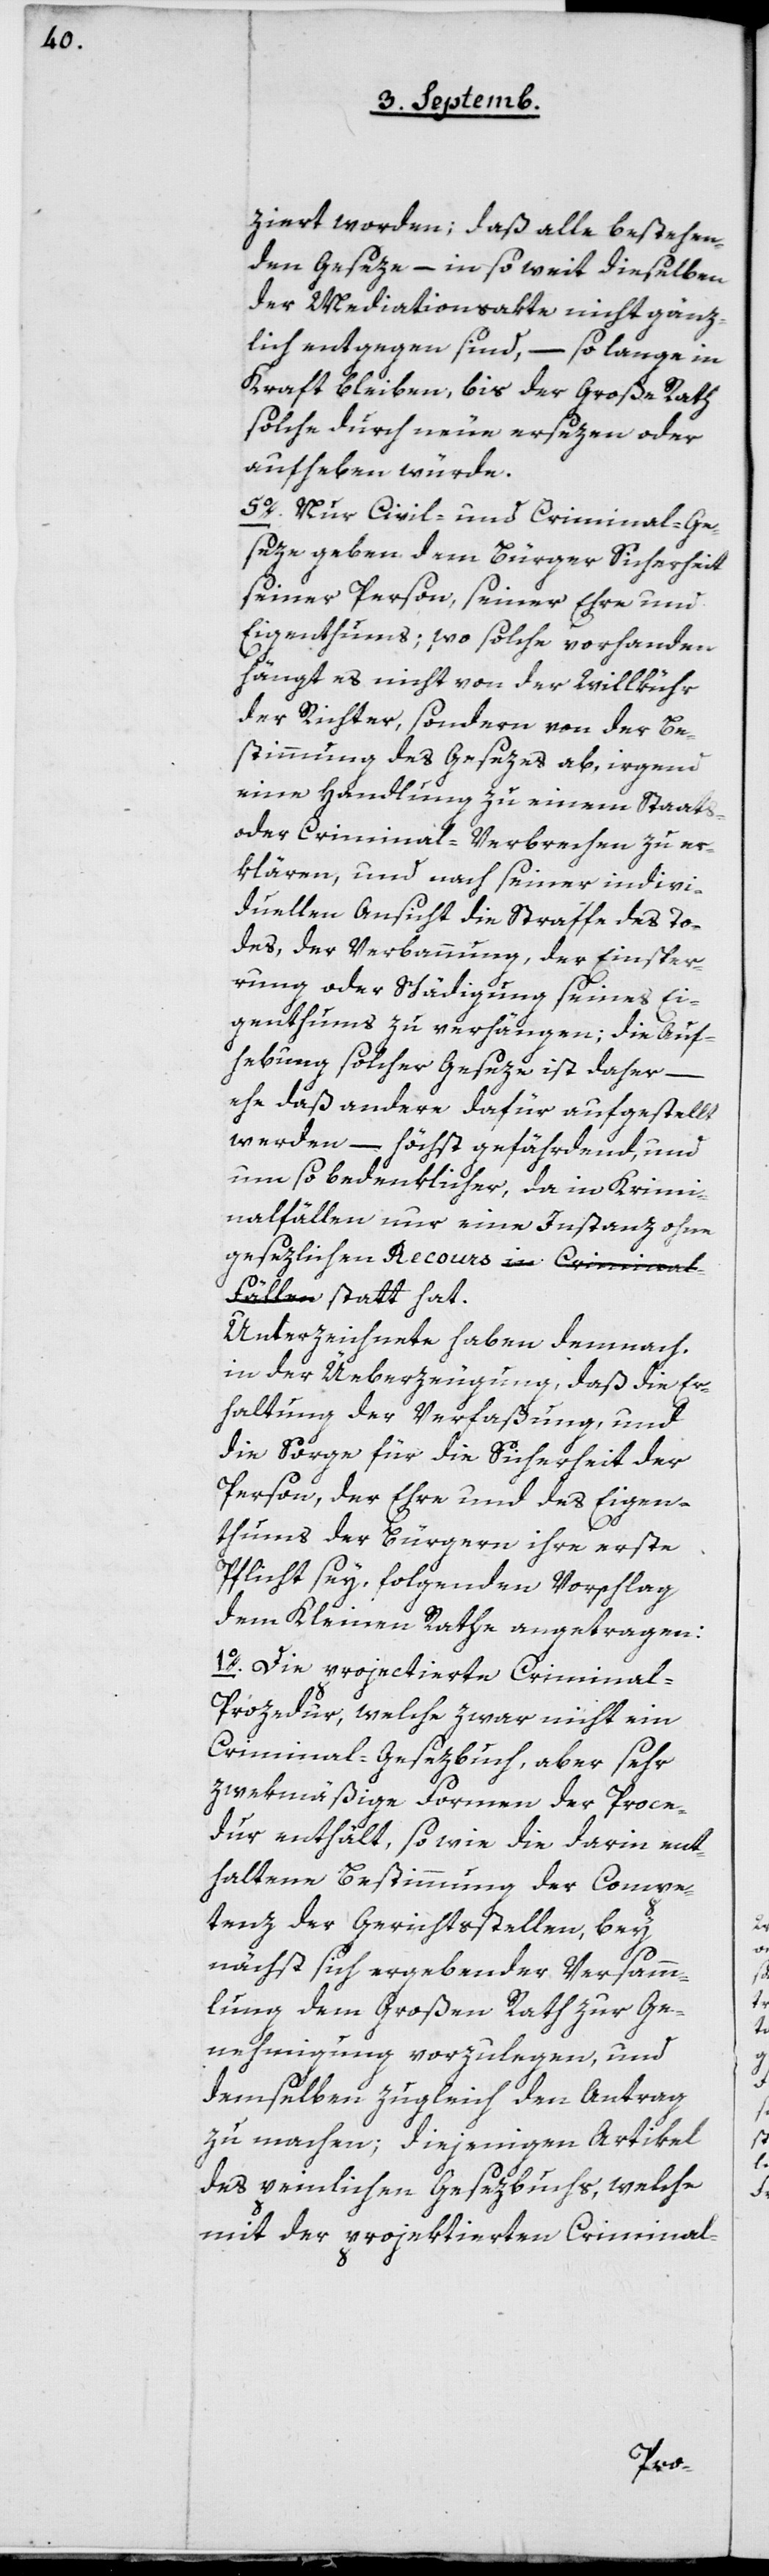
ziert worden; daß alle bestehen¬
den Geseze, – in so weit dieselben
der Mediationsakte nicht gänz¬
lich entgangen sind, – solange in
Kraft bleiben, bis der Große Rath
solche durch neue ersezen oder
aufheben würde.
5o Nur Civil- und Criminal-Ge¬
seze geben dem Bürger Sicherheit
seiner Person, seiner Ehre und
Eigenthums; wo solche vorhanden
hängt es nicht von der Willkür
der Richter, sondern von der Be¬
stimmung des Gesezes ab, irgend
eine Handlung zu einem Staats-
oder Criminal-Verbrechen zu er¬
klären, und nach seiner indivi¬
duellen Ansicht die Straffe des To¬
des, der Verbannung, der Einsper¬
rung oder Schädigung seines Ei¬
genthums zu verhängen; die Auf¬
hebung solcher Geseze ist daher –
ehe daß andere dafür aufgestellt
werden, – höchst gefährdend, und
um so bedenklicher, da in Krimi¬
nalfällen nur eine Instanz ohne
gesezlichen Recours in Crimina¬
l-Fällen statt hat.
Unterzeichnete haben demnach,
in der Überzeugung, daß die Er¬
haltung der Verfaßung und
die Sorge für die Sicherheit der
Person, der Ehre und des Eigen¬
thums der Bürgern ihre erste
Pflicht sey, folgenden Vorschlag
dem Kleinen Rathe angetragen:
1o Die projectierte Criminal-P¬
rozedur, welche zwar nicht ein
Criminal-Gesezbuch, aber sehr
zweckmäßige Formen der Proze¬
dur enthält, sowie die darin ent¬
haltene Bestimmung der Compe¬
tenz der Gerichtsstellen, bey
nächst sich ergebender Versamm¬
lung dem Großen Rath zur Ge¬
nehmigung vorzulegen, und
demselben zugleich den Antrag
zu machen; diejenigen Artikel
des peinlichen Gesezbuchs, welche
mit der projektierten Criminal-